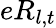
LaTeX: eR_{l,t}